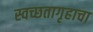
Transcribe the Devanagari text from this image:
स्वच्छतागृहाचा